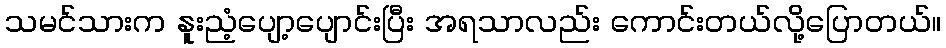
သမင်သားက နူးညံ့ပျော့ပျောင်းပြီး အရသာလည်း ကောင်းတယ်လို့ပြောတယ်။